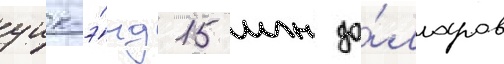
уик-э́нд 15 млн до́лларов